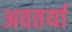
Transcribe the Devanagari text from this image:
अवतर्या